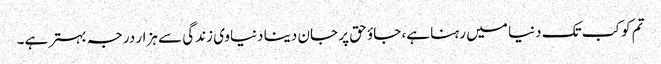
تم کو کب تک دنیا میں رہنا ہے، جاؤ حق پر جان دینا دنیاوی زندگی سے ہزار درجہ بہتر ہے۔